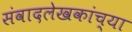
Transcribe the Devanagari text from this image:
संवादलेखकांच्या